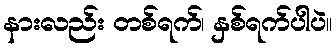
နားလည်း တစ်ရက်၊ နှစ်ရက်ပါပဲ။